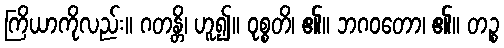
ကြိယာကိုလည်း။ ဂတန္တိ၊ ဟူ၍။ ဝုစ္စတိ၊ ၏။ ဘဂဝတော၊ ၏။ တဉ္စ